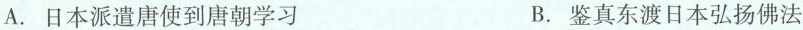
A.日本派遣唐使到唐朝学习 B.鉴真东渡日本弘扬佛法